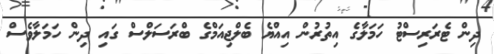
ދިން ޓެރަރިސްޓު ހަމަލާގެ އިތުރުން އިއްޔެ ބެލްޖިއަމްގެ ބްރަސަލްސް ގައި ދިން ހަމަލާވެސް